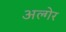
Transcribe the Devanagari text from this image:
अल्गेर